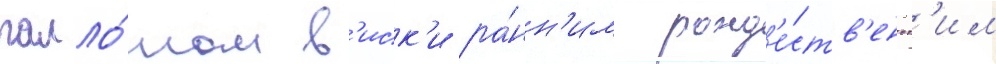
галло́ном в'иск'и ра́нн'им рожд'е́ств'енск'им